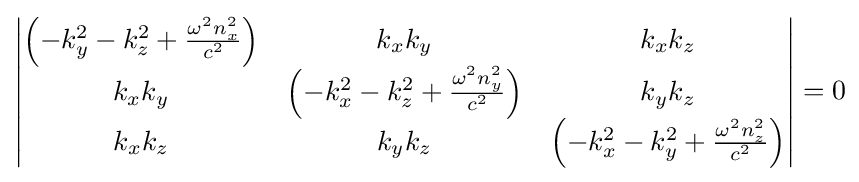
{\begin{vmatrix}\left(-k_{y}^{2}-k_{z}^{2}+{\frac {\omega ^{2}n_{x}^{2}}{c^{2}}}\right)&k_{x}k_{y}&k_{x}k_{z}\\k_{x}k_{y}&\left(-k_{x}^{2}-k_{z}^{2}+{\frac {\omega ^{2}n_{y}^{2}}{c^{2}}}\right)&k_{y}k_{z}\\k_{x}k_{z}&k_{y}k_{z}&\left(-k_{x}^{2}-k_{y}^{2}+{\frac {\omega ^{2}n_{z}^{2}}{c^{2}}}\right)\end{vmatrix}}=0